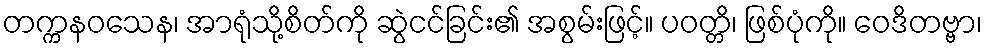
တက္ကနဝသေန၊ အာရုံသို့စိတ်ကို ဆွဲငင်ခြင်း၏ အစွမ်းဖြင့်။ ပဝတ္တိ၊ ဖြစ်ပုံကို။ ဝေဒိတဗ္ဗာ၊